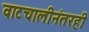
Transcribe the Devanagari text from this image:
वाटचालीनंतरही